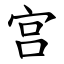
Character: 宫